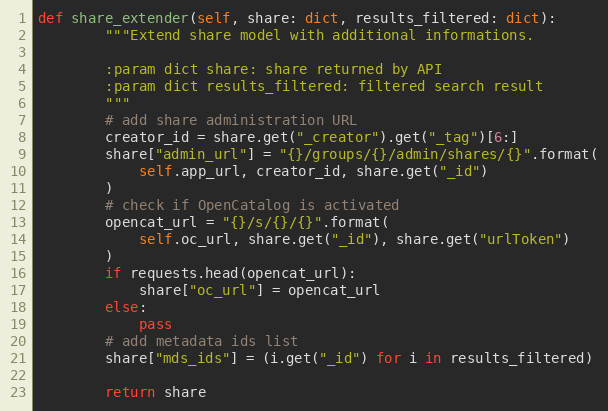
Language: Python
def share_extender(self, share: dict, results_filtered: dict):
        """Extend share model with additional informations.

        :param dict share: share returned by API
        :param dict results_filtered: filtered search result
        """
        # add share administration URL
        creator_id = share.get("_creator").get("_tag")[6:]
        share["admin_url"] = "{}/groups/{}/admin/shares/{}".format(
            self.app_url, creator_id, share.get("_id")
        )
        # check if OpenCatalog is activated
        opencat_url = "{}/s/{}/{}".format(
            self.oc_url, share.get("_id"), share.get("urlToken")
        )
        if requests.head(opencat_url):
            share["oc_url"] = opencat_url
        else:
            pass
        # add metadata ids list
        share["mds_ids"] = (i.get("_id") for i in results_filtered)

        return share